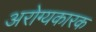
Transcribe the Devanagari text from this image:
अरोग्यकारक